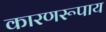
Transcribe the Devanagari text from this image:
कारणरूपाय